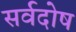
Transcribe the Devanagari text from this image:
सर्वदोष